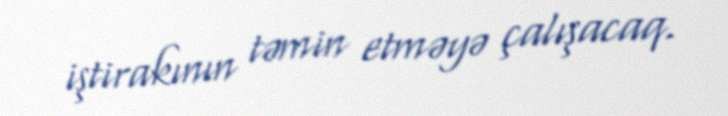
iştirakının təmin etməyə çalışacaq.